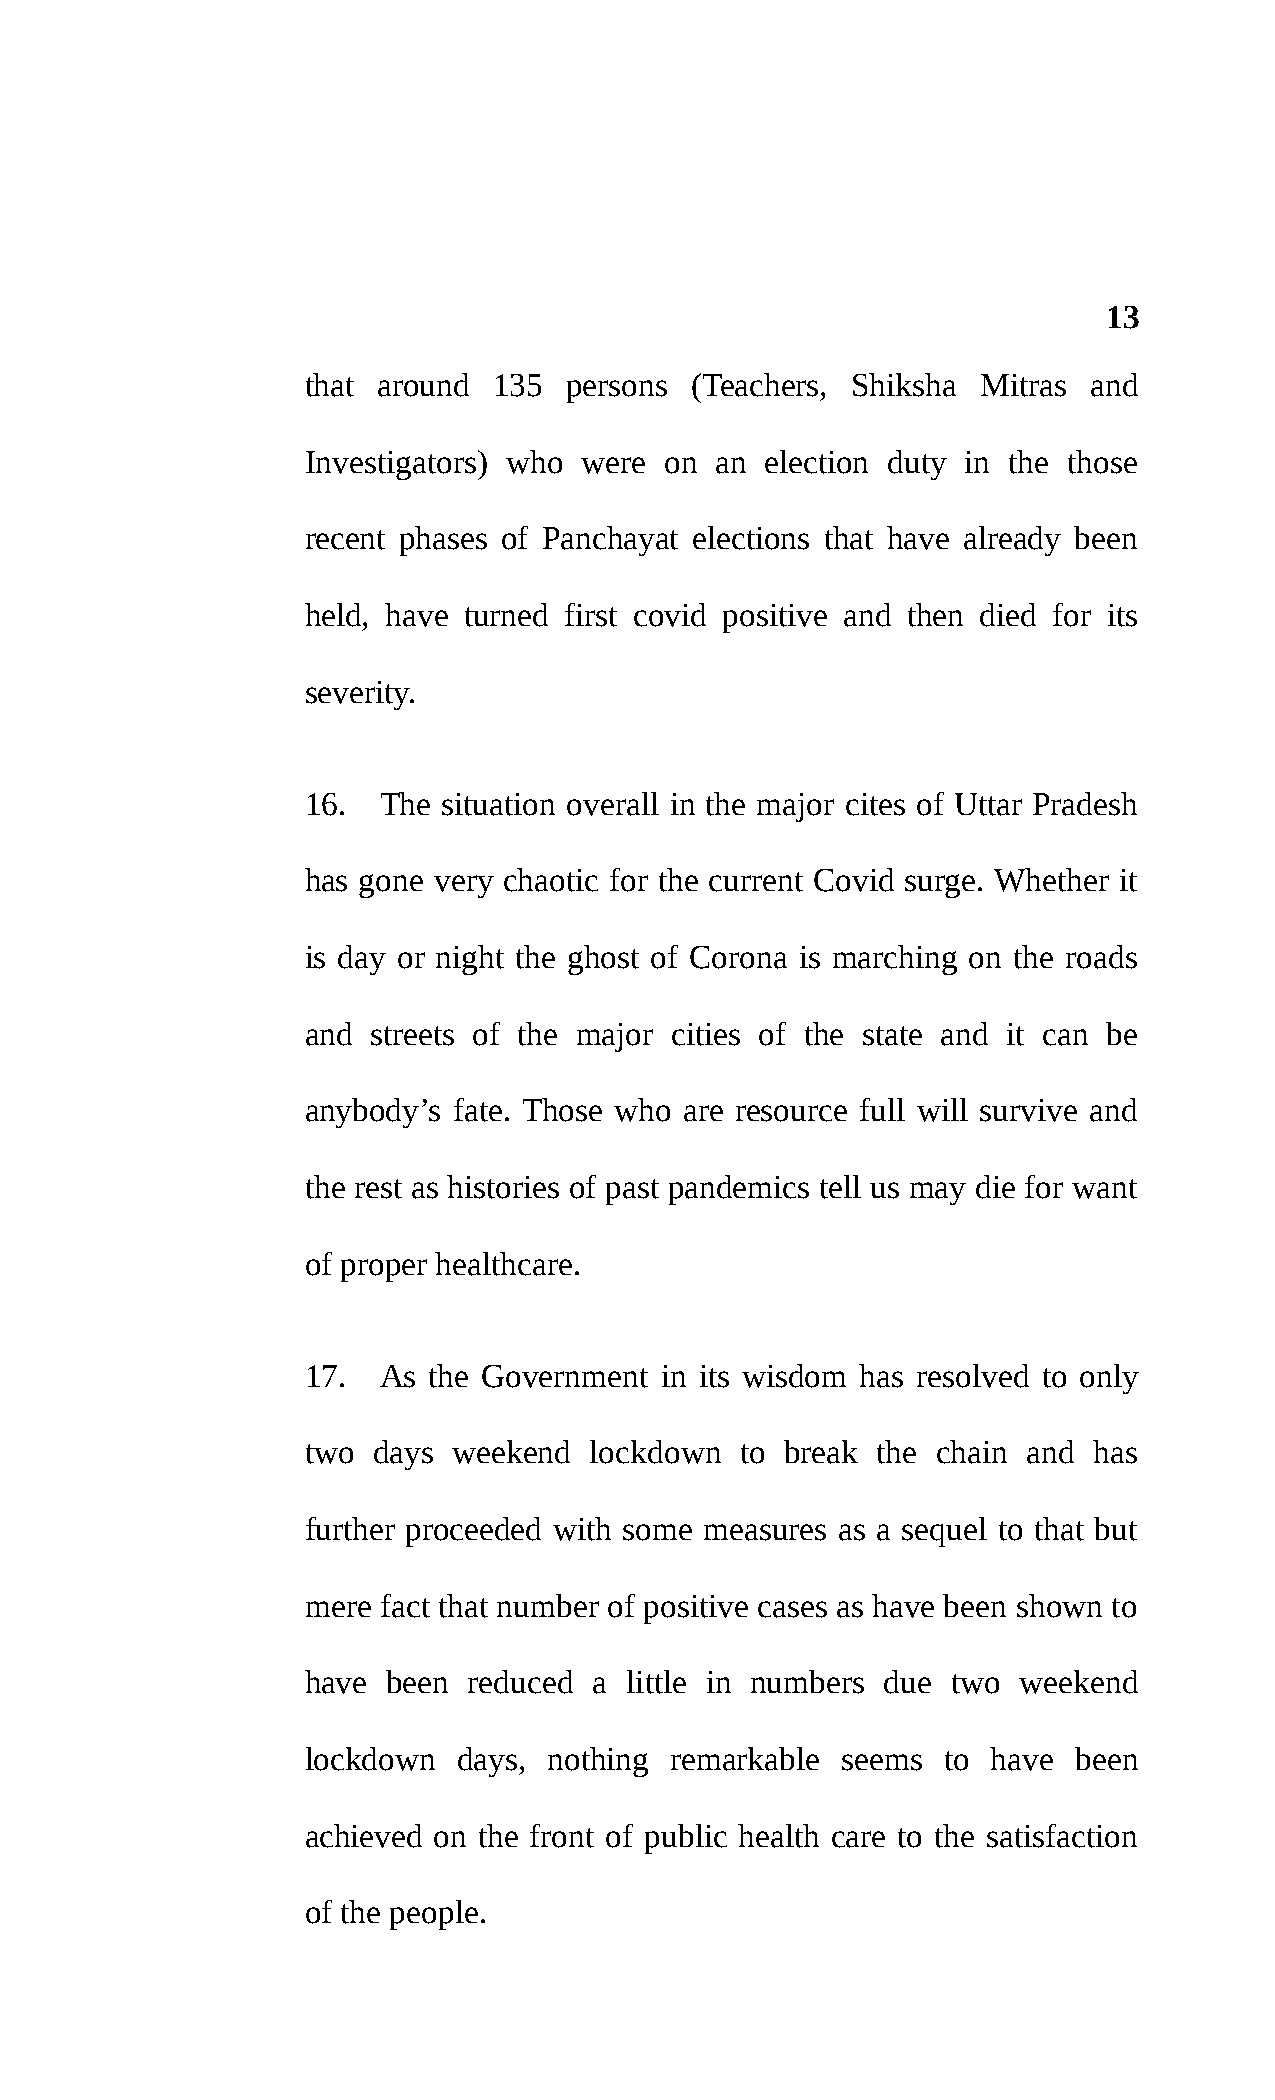
13
 that around  135  persons (Teachers, Shiksha Mitras and
 Investigators) who were on an  election duty in the those
 recent phases of Panchayat elections that have already been
 held, have turned first covid positive and then died for its
 severity.
 16.  The situation overall in the major cites of Uttar Pradesh
 has gone very chaotic for the current Covid surge. Whether it
 is day or night the ghost of Corona is marching on the roads
 and  streets of the major cities of the state and it can be
 anybody’s fate. Those who are resource full will survive and
 the rest as histories of past pandemics tell us may die for want
 of proper healthcare.
 17.  As the Government  in its wisdom has resolved to only
 two  days weekend  lockdown  to break the chain and has
 further proceeded with some measures as a sequel to that but
 mere fact that number of positive cases as have been shown to
 have  been reduced a little in numbers due two  weekend
 lockdown  days, nothing remarkable  seems  to have been
 achieved on the front of public health care to the satisfaction
 of the people.